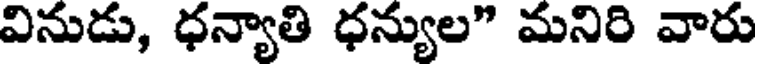
వినుడు, ధన్యాతి ధన్యుల" మనిరి వారు